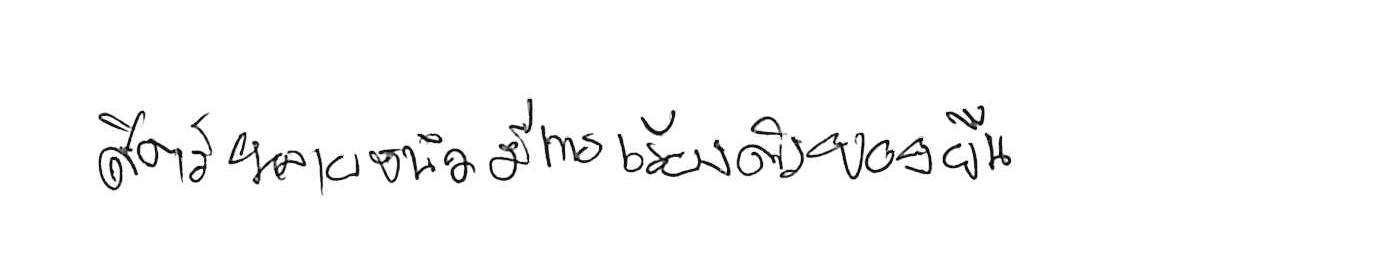
สัตว์หลายชนิดมีการเรียงตัวของยีน